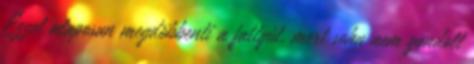
Ezzel alaposan megdöbbenti a fattyút, mert soha nem gondolt